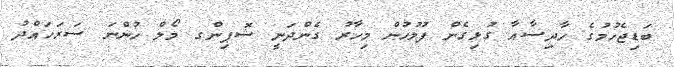
ބަޑިޖެހުމުގެ ހާދިސާއާ ގުޅިގެން ފުލުހުން މިހާރު ގެންދަނީ ޝޮޕިންގ މޯލް ހުންނަ ސަރަހައްދު